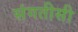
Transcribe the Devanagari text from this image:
संगतीसी